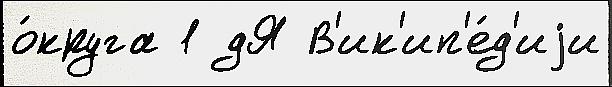
о́круга 1 дЯ В'ик'ип'е́д'иjи